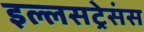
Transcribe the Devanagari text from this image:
इल्लसट्रेसंस